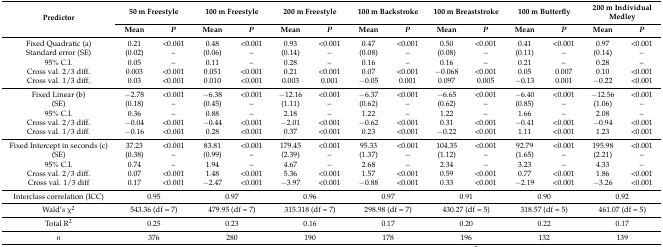
<table><thead><tr><td rowspan="2"><b>Predictor</b></td><td colspan="2"><b>50 m Freestyle</b></td><td colspan="2"><b>100 m Freestyle</b></td><td colspan="2"><b>200 m Freestyle</b></td><td colspan="2"><b>100 m Backstroke</b></td><td colspan="2"><b>100 m Breaststroke</b></td><td colspan="2"><b>100 m Butterfly</b></td><td colspan="2"><b>200 m Individual Medley</b></td></tr><tr><td><b>Mean</b></td><td><b><i>P</i></b></td><td><b>Mean</b></td><td><b><i>P</i></b></td><td><b>Mean</b></td><td><b><i>P</i></b></td><td><b>Mean</b></td><td><b><i>P</i></b></td><td><b>Mean</b></td><td><b><i>P</i></b></td><td><b>Mean</b></td><td><b><i>P</i></b></td><td><b>Mean</b></td><td><b><i>P</i></b></td></tr></thead><tbody><tr><td>Fixed Quadratic (a)</td><td>0.21</td><td>&lt;0.001</td><td>0.48</td><td>&lt;0.001</td><td>0.93</td><td>&lt;0.001</td><td>0.47</td><td>&lt;0.001</td><td>0.50</td><td>&lt;0.001</td><td>0.41</td><td>&lt;0.001</td><td>0.97</td><td>&lt;0.001</td></tr><tr><td>Standard error (SE)</td><td>(0.02)</td><td>–</td><td>(0.06)</td><td>–</td><td>(0.14)</td><td>–</td><td>(0.08)</td><td>–</td><td>(0.08)</td><td>–</td><td>(0.11)</td><td>–</td><td>(0.14)</td><td>–</td></tr><tr><td>95% C.I.</td><td>0.05</td><td>–</td><td>0.11</td><td>–</td><td>0.28</td><td>–</td><td>0.16</td><td>–</td><td>0.16</td><td>–</td><td>0.21</td><td>–</td><td>0.28</td><td>–</td></tr><tr><td>Cross val. 2/3 diff.</td><td>0.003</td><td>&lt;0.001</td><td>0.051</td><td>&lt;0.001</td><td>0.21</td><td>&lt;0.001</td><td>0.07</td><td>&lt;0.001</td><td>−0.068</td><td>&lt;0.001</td><td>0.05</td><td>0.007</td><td>0.10</td><td>&lt;0.001</td></tr><tr><td>Cross val. 1/3 diff.</td><td>0.03</td><td>&lt;0.001</td><td>0.010</td><td>&lt;0.001</td><td>0.003</td><td>0.001</td><td>−0.05</td><td>0.001</td><td>0.097</td><td>0.005</td><td>−0.13</td><td>0.001</td><td>−0.22</td><td>&lt;0.001</td></tr><tr><td>Fixed Linear (b)</td><td>−2.78</td><td>&lt;0.001</td><td>−6.38</td><td>&lt;0.001</td><td>−12.16</td><td>&lt;0.001</td><td>−6.37</td><td>&lt;0.001</td><td>−6.65</td><td>&lt;0.001</td><td>−6.40</td><td>&lt;0.001</td><td>−12.56</td><td>&lt;0.001</td></tr><tr><td>(SE)</td><td>(0.18)</td><td>–</td><td>(0.45)</td><td>–</td><td>(1.11)</td><td>–</td><td>(0.62)</td><td>–</td><td>(0.62)</td><td>–</td><td>(0.85)</td><td>–</td><td>(1.06)</td><td>–</td></tr><tr><td>95% C.I.</td><td>0.36</td><td>–</td><td>0.88</td><td>–</td><td>2.18</td><td>–</td><td>1.22</td><td>–</td><td>1.22</td><td>–</td><td>1.66</td><td>–</td><td>2.08</td><td>–</td></tr><tr><td>Cross val. 2/3 diff.</td><td>−0.04</td><td>&lt;0.001</td><td>−0.44</td><td>&lt;0.001</td><td>−2.01</td><td>&lt;0.001</td><td>−0.62</td><td>&lt;0.001</td><td>0.31</td><td>&lt;0.001</td><td>−0.41</td><td>&lt;0.001</td><td>−0.94</td><td>&lt;0.001</td></tr><tr><td>Cross val. 1/3 diff.</td><td>−0.16</td><td>&lt;0.001</td><td>0.28</td><td>&lt;0.001</td><td>0.37</td><td>&lt;0.001</td><td>0.23</td><td>&lt;0.001</td><td>−0.22</td><td>&lt;0.001</td><td>1.11</td><td>&lt;0.001</td><td>1.23</td><td>&lt;0.001</td></tr><tr><td>Fixed Intercept in seconds (c)</td><td>37.23</td><td>&lt;0.001</td><td>83.81</td><td>&lt;0.001</td><td>179.45</td><td>&lt;0.001</td><td>95.33</td><td>&lt;0.001</td><td>104.35</td><td>&lt;0.001</td><td>92.79</td><td>&lt;0.001</td><td>195.98</td><td>&lt;0.001</td></tr><tr><td>(SE)</td><td>(0.38)</td><td>–</td><td>(0.99)</td><td>–</td><td>(2.39)</td><td>–</td><td>(1.37)</td><td>–</td><td>(1.12)</td><td>–</td><td>(1.65)</td><td>–</td><td>(2.21)</td><td>–</td></tr><tr><td>95% C.I.</td><td>0.74</td><td>–</td><td>1.94</td><td>–</td><td>4.67</td><td>–</td><td>2.68</td><td>–</td><td>2.34</td><td>–</td><td>3.23</td><td>–</td><td>4.33</td><td>–</td></tr><tr><td>Cross val. 2/3 diff.</td><td>0.07</td><td>&lt;0.001</td><td>1.48</td><td>&lt;0.001</td><td>5.36</td><td>&lt;0.001</td><td>1.57</td><td>&lt;0.001</td><td>0.59</td><td>&lt;0.001</td><td>0.77</td><td>&lt;0.001</td><td>1.86</td><td>&lt;0.001</td></tr><tr><td>Cross val. 1/3 diff</td><td>0.17</td><td>&lt;0.001</td><td>−2.47</td><td>&lt;0.001</td><td>−3.97</td><td>&lt;0.001</td><td>−0.88</td><td>&lt;0.001</td><td>0.33</td><td>&lt;0.001</td><td>−2.19</td><td>&lt;0.001</td><td>−3.26</td><td>&lt;0.001</td></tr><tr><td>Interclass correlation (ICC)</td><td colspan="2">0.95</td><td colspan="2">0.97</td><td colspan="2">0.96</td><td colspan="2">0.97</td><td colspan="2">0.91</td><td colspan="2">0.90</td><td colspan="2">0.92</td></tr><tr><td>Wald’s χ<sup>2</sup></td><td colspan="2">543.36 (df = 7)</td><td colspan="2">479.95 (df = 7)</td><td colspan="2">315.318 (df = 7)</td><td colspan="2">298.98 (df = 7)</td><td colspan="2">430.27 (df = 5)</td><td colspan="2">318.57 (df = 5)</td><td colspan="2">461.07 (df = 5)</td></tr><tr><td>Total R<sup>2</sup></td><td colspan="2">0.25</td><td colspan="2">0.23</td><td colspan="2">0.16</td><td colspan="2">0.17</td><td colspan="2">0.20</td><td colspan="2">0.22</td><td colspan="2">0.17</td></tr><tr><td><i>n</i></td><td colspan="2">376</td><td colspan="2">280</td><td colspan="2">190</td><td colspan="2">178</td><td colspan="2">196</td><td colspan="2">132</td><td colspan="2">139</td></tr></tbody></table>